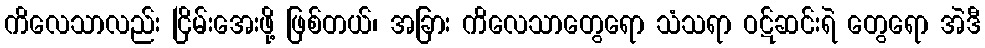
ကိလေသာလည်း ငြိမ်းအေးဖို့ ဖြစ်တယ်၊ အခြား ကိလေသာတွေရော သံသရာ ဝဋ်ဆင်းရဲ တွေရော အဲဒီ